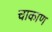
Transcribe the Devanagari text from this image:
चाकाण